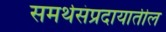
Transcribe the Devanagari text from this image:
समर्थसंप्रदायातील